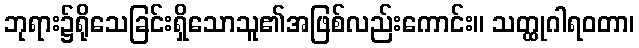
ဘုရား၌ရိုသေခြင်းရှိသောသူ၏အဖြစ်လည်းကောင်း။ သတ္ထုဂါရဝတာ၊